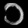
Digit: ၁